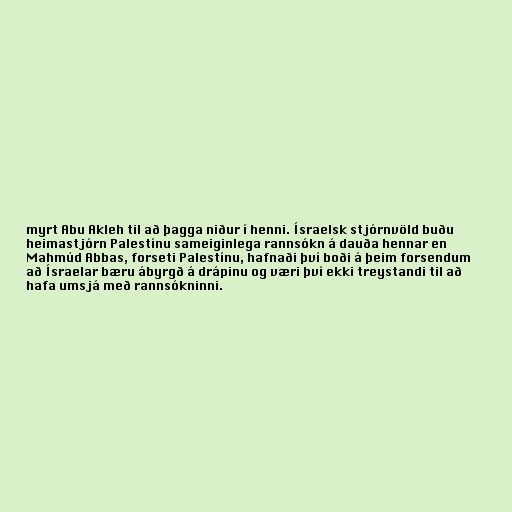
myrt Abu Akleh til að þagga niður í henni. Ísraelsk stjórnvöld buðu
heimastjórn Palestínu sameiginlega rannsókn á dauða hennar en
Mahmúd Abbas, forseti Palestínu, hafnaði því boði á þeim forsendum
að Ísraelar bæru ábyrgð á drápinu og væri því ekki treystandi til að
hafa umsjá með rannsókninni.